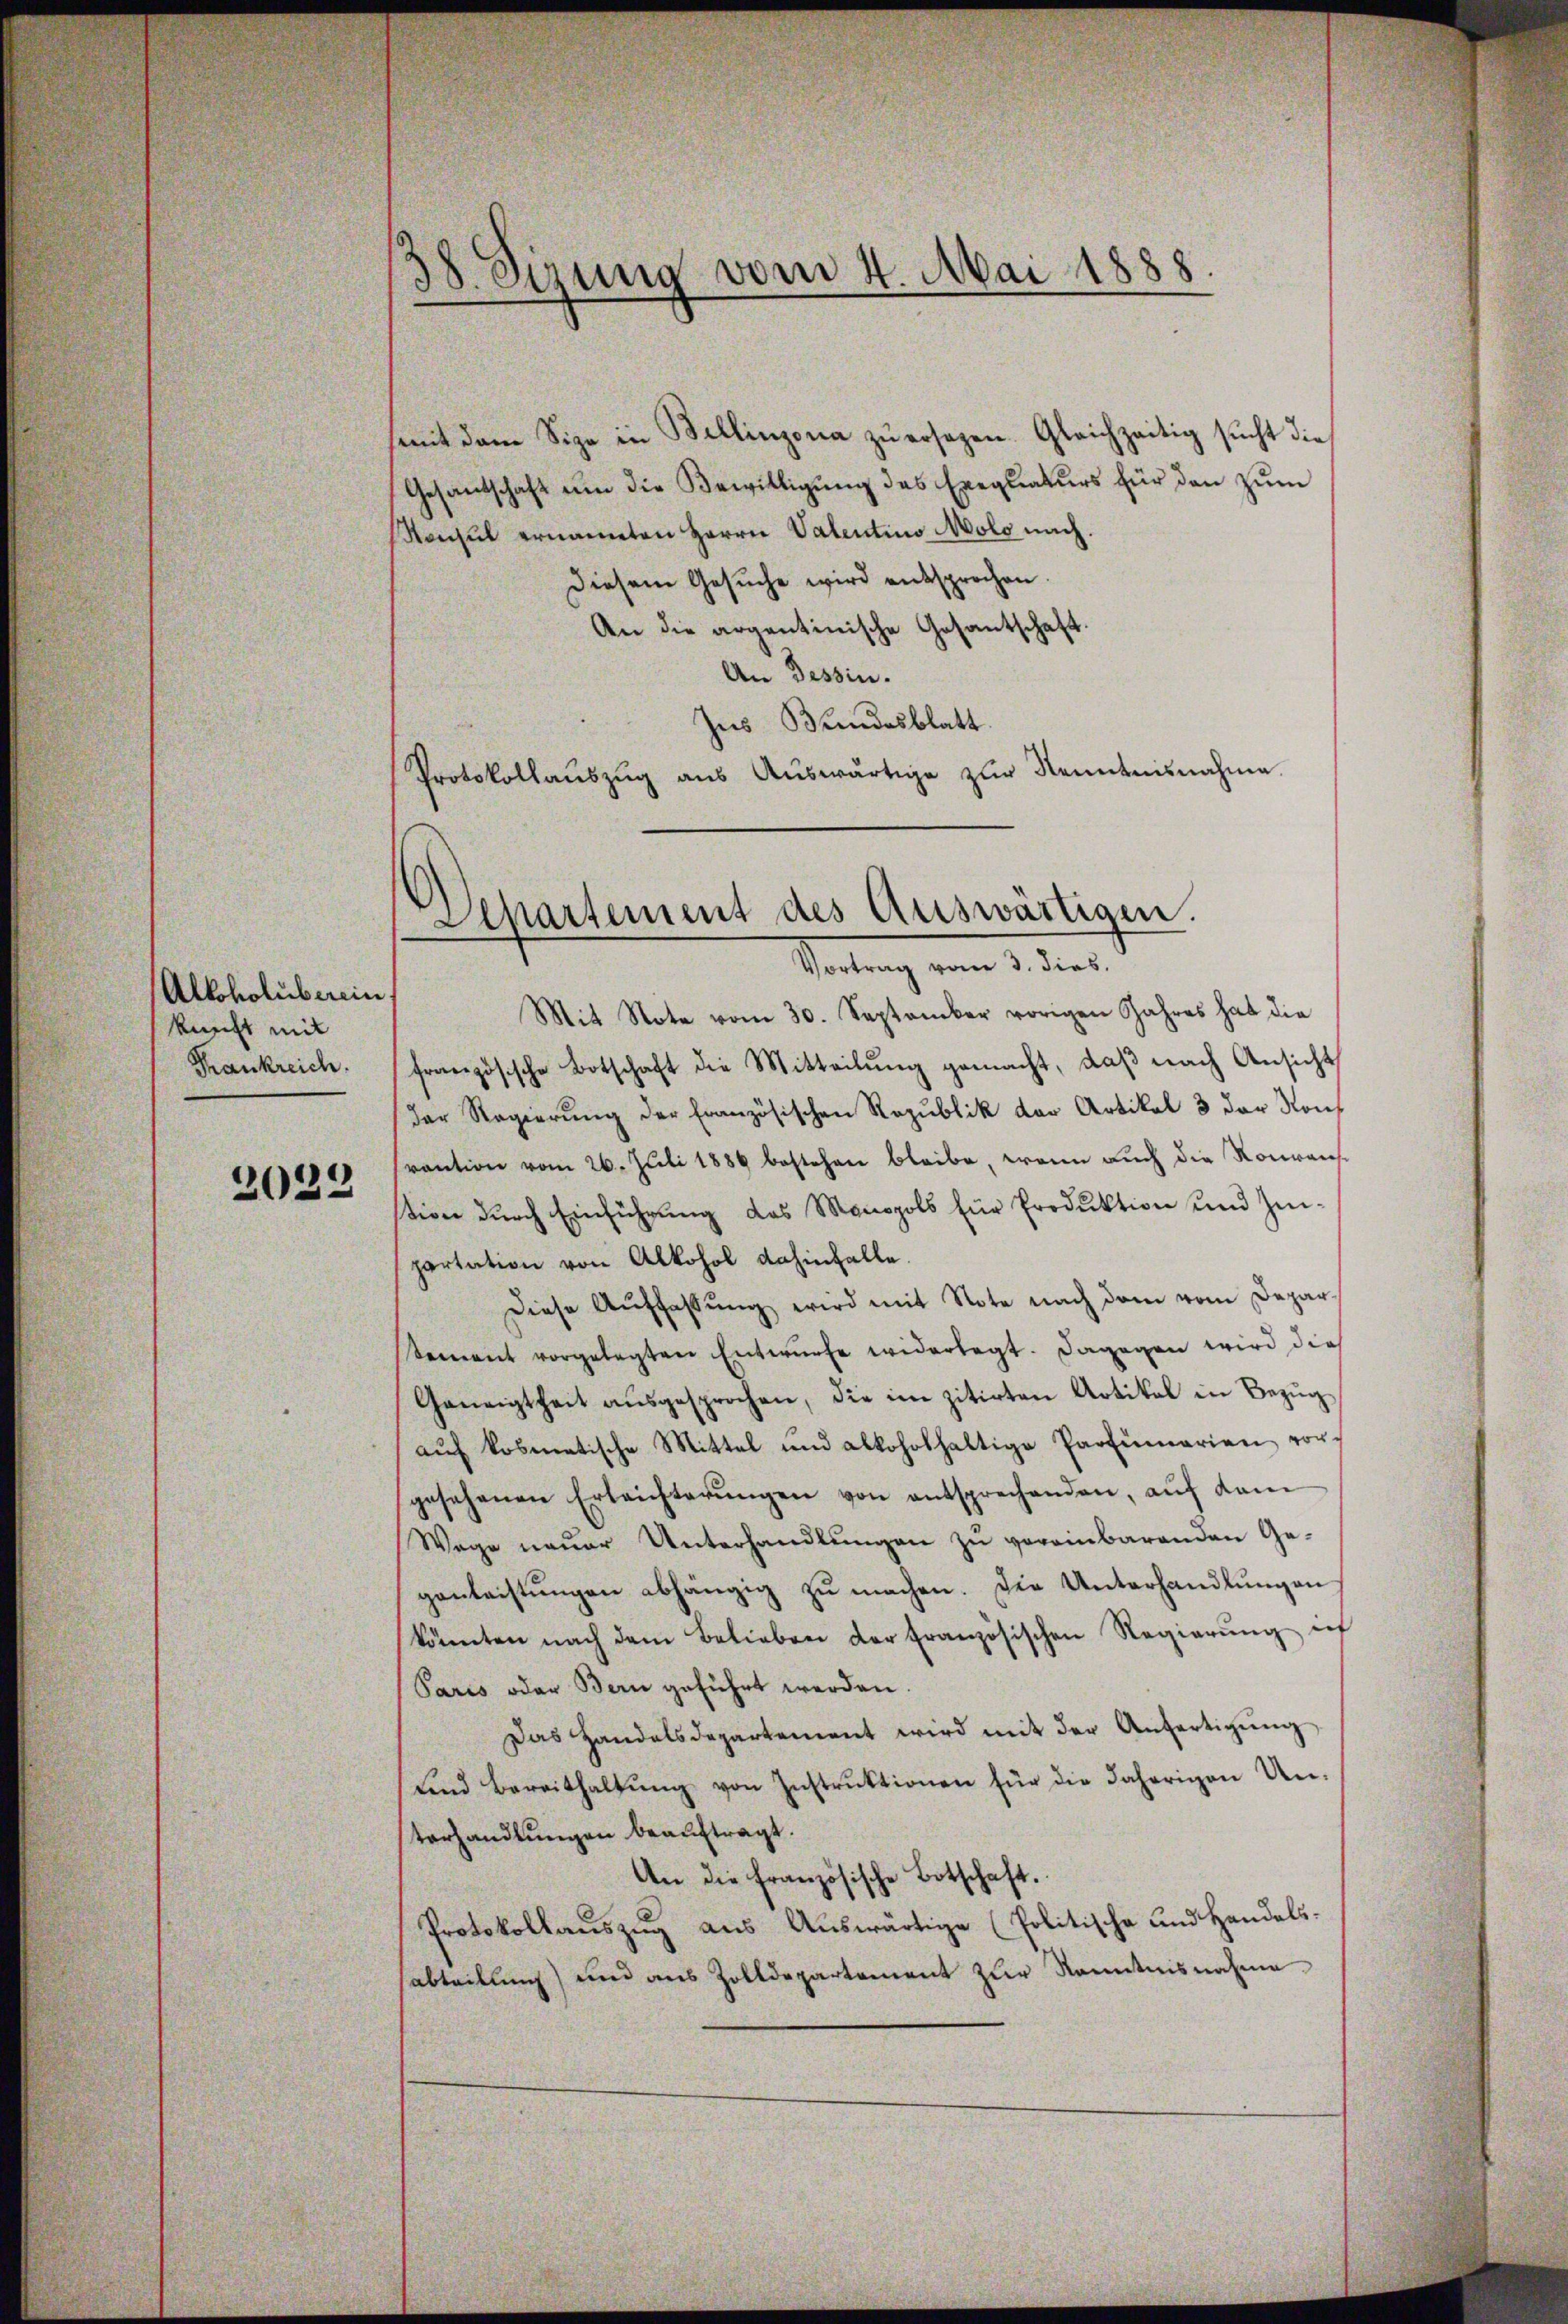
Alkoholuberein
kunft mit
Thrankreich.

2022

38. Sizung vom 4. Mai 1888.

(mit dem Sipe in Bellinzona zŭ ersagen. Gleichzeitig sucht die
Gesantschaft ŭm die Bewilligŭng des Exequaturs für den zŭm
onsul ernannten Herrn Valentino Molo nach.
Diesem Gesŭche wird entsprochen.
An die argentinische Gesantschaft
An Tessin.
ses Bundesblatt.
Protokollauszug aus Auswärtige zur Kenntnisnahme.

Departement des Auswärtigen.
Vortrag vom 3. dies

Mit Note vom 30. September vorigen Jahres hat die
französische Botschaft die Mitteilung gemacht, daß nach Ansicht
der Regierŭng der Französischen Republik der Artikel 3 der Konf
rantion vom 26. Juli 1886 bestehen bleibe, wenn auch die Nouranstion durch Einführung das Monopols für Produktion und Zinpartation von Alkohol dahinfalle.
Diese Auffassŭng wird mit Note nach dem vom Depar
Sement vorgelegten Entwurfe widerlegt. Dagegen wird dies
Geneigtheit aŭsgesprochen, die im zitirten Artikel in Bezŭg
aŭf kosmatische Mittel und alkoholhaltige Partŭmarien vor-
gesehenen Erleichterŭngen von entsprechenden, aŭf dem
Wege neŭer Unterhandlŭngen zu vereinbarenden Ge-
genleistŭngen abhängig zŭ machen. Die Unterhandlŭngen
könnten nach dem Belieben der französischen Regierŭng ent
Paris oder Bern geführt werden.
Das Handelsdepartement wird mit der Anfertigŭng
Lnd Bereithaltŭng von Instrŭktionen für die daherigen Un-
terhandlungen beauftragt.
An die französische Botschaft.
Protokollauszug aus Auswärtige (Politische und Handels-
sabteilung) und aus Zolldepartement zur Kenntnisnahme